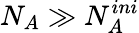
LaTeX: N_{A}\gg N_{A}^{ini}